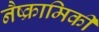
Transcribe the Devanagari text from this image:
नैष्क्रामिकी